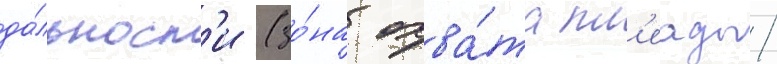
да́льност'и (зо́на охва́та пл'еады/